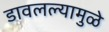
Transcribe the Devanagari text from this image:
डावलल्यामुळे